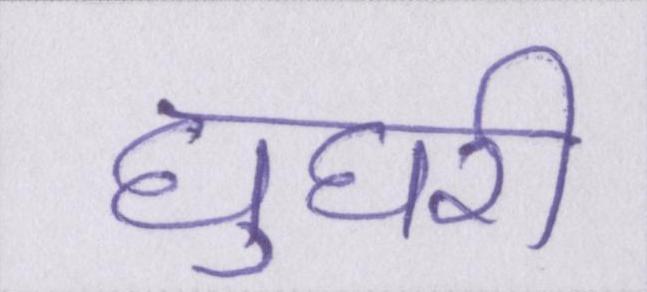
घुघरी